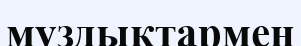
муздықтармен